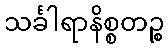
သင်္ခါရာနိစ္စတဉ္စ